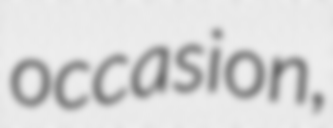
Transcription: occasion,